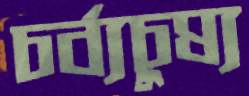
চর্ব্যচুষ্য